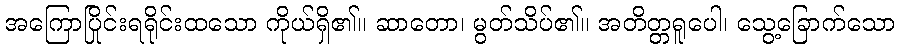
အကြောပြိုင်းရရိုင်းထသော ကိုယ်ရှိ၏။ ဆာတော၊ မွတ်သိပ်၏။ အတိတ္တရူပေါ၊ သွေ့ခြောက်သော